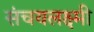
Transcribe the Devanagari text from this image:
संचयलक्ष्मी